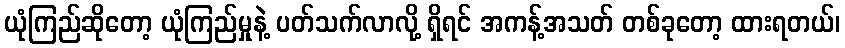
ယုံကြည်ဆိုတော့ ယုံကြည်မှုနဲ့ ပတ်သက်လာလို့ ရှိရင် အကန့်အသတ် တစ်ခုတော့ ထားရတယ်၊